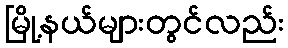
မြို့နယ်များတွင်လည်း